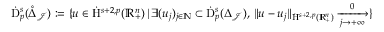
\begin{array} { r } { \dot { \mathrm { D } } _ { p } ^ { s } ( \mathring { \Delta } _ { \mathcal { J } } ) : = \{ u \in \dot { \mathrm { H } } ^ { s + 2 , p } ( \mathbb { R } _ { + } ^ { n } ) \, | \, \exists ( u _ { j } ) _ { j \in \mathbb { N } } \subset \dot { \mathrm { D } } _ { p } ^ { s } ( \Delta _ { \mathcal { J } } ) , \, \lVert u - u _ { j } \rVert _ { \dot { \mathrm { H } } ^ { s + 2 , p } ( \mathbb { R } _ { + } ^ { n } ) } \xrightarrow [ j \rightarrow + \infty ] 0 \} } \end{array}